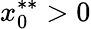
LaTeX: x_{0}^{**}>0